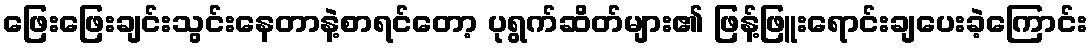
ဖြေးဖြေးချင်းသွင်းနေတာနဲ့စာရင်တော့ ပုရွက်ဆိတ်များ၏ ဖြန့်ဖြူးရောင်းချပေးခဲ့ကြောင်း